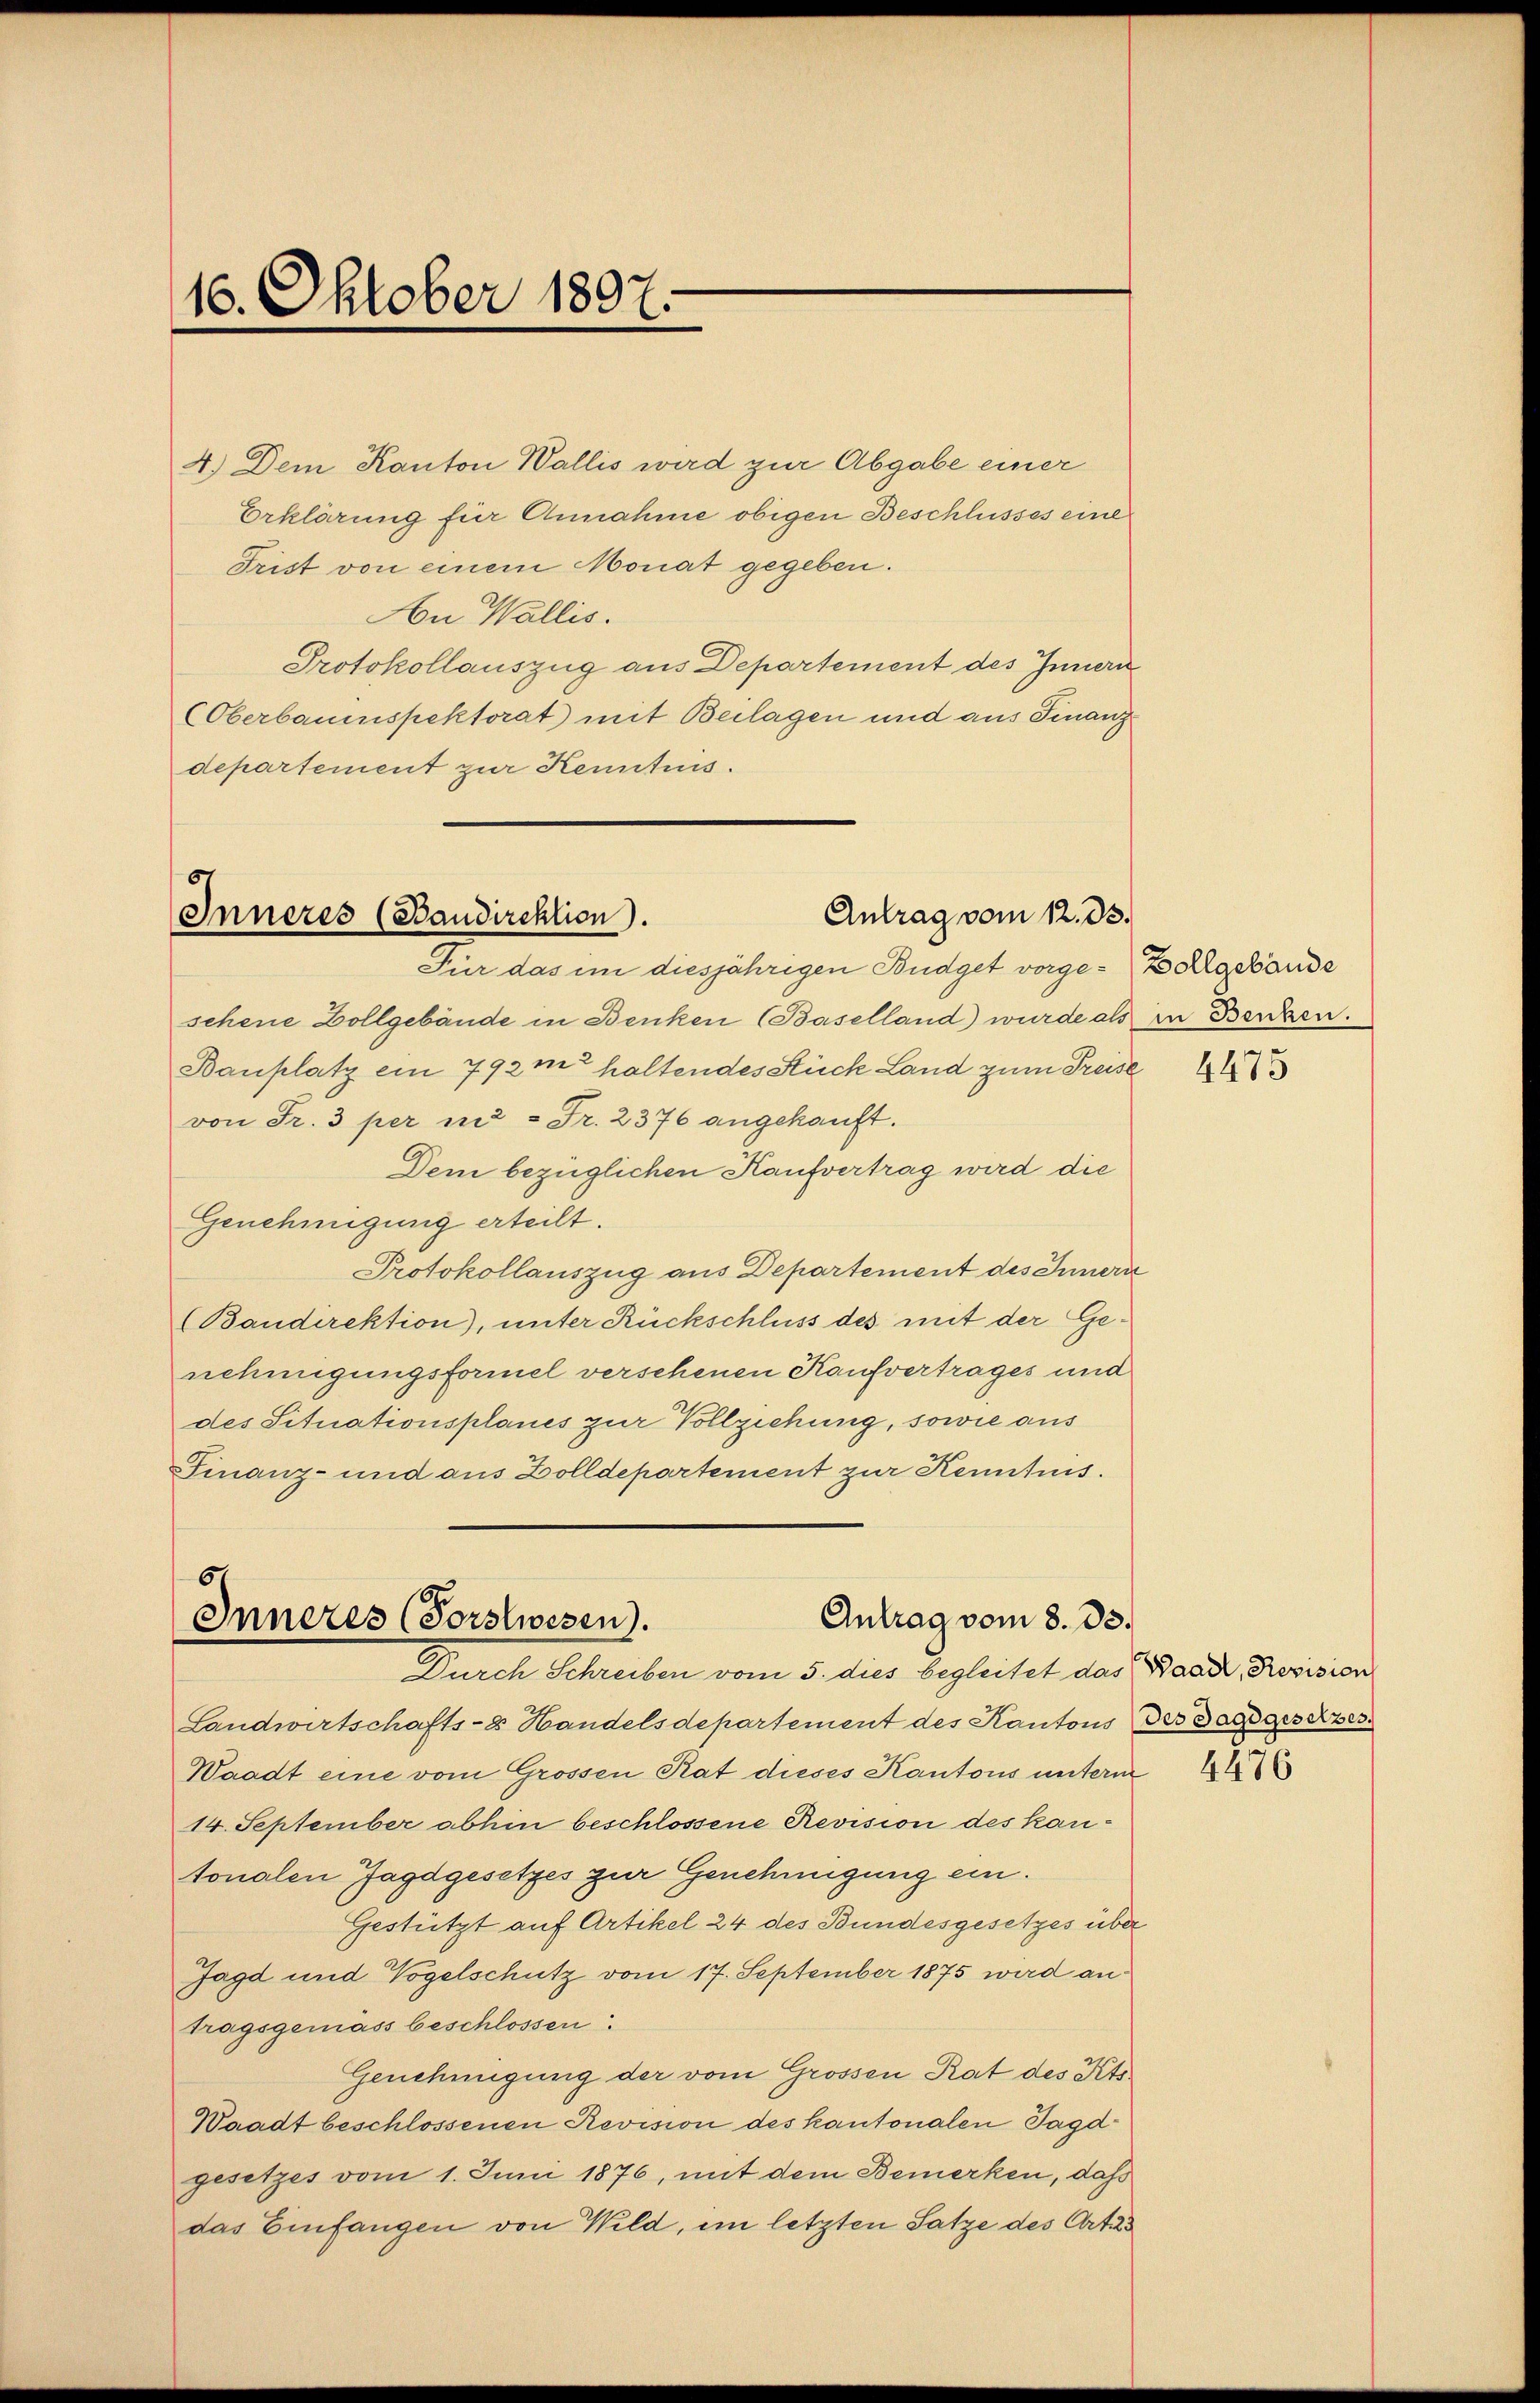
16. Oktober 1807.

4.) Dem Kanton Wallis wird zur Abgabe einer
Erklärung für Annahme obigen Beschlusses eine
Trist von einem Monat gegeben.
An Wallis.
Protokollauszug aus Departement des Innern
(Oberbauenspektorat) mit Beilagen und aus Finanz
departement zur Kenntnis.

Antrag vom 12. ds.
Inneres (Baudirektion.

Für das im diesjährigen Budget vorge-Zollgebäude
sehene Zollgebäude in Benken (Baselland) wurde als
Bauplatz ein 792 m haltendes Stück Land zum Preise
von Fr. 3 per in = Fr. 2376 angekauft.
Dem bezüglichen Kaufvertrag wird die
Genehmigung erteilt.
Protokollauszug aus Departement des Innern
(Bandirektion), unter Rückschluss des mit der Genehmigungsformel versehenen Kaufvertrages und
des Situationsplanes zur Vollziehung, sowie aus
Finanz- und aus Zolldepartement zur Kenntnis.

6
Antrag vom 8. 33.
Inneres (Forstwesen).

Durch Schreiben vom 5. dies begleitet das Baad, Revision
Landwirtschafts-8 Handelsdepartement des Kantons des Jagdgesetzes
Waadt eine vom Grossen Rat dieses Kantons unterm
14. September abhin beschlossene Revision des kantonalen Jagdgesetzes zur Genehmigung ein.
Gestützt auf Artikel 24 des Bundesgesetzes über
Jagd und Vogelschutz vom 17. September 1875 wird an
tragsgemäss beschlossen:
Genehmigung der vom Grossen Rat des Kts¬
Waadt beschlossenen Revision des kantonalen Jagd
gesetzes vom 1. Juni 1876, mit dem Bemerken, daß
das Einfangen von Wild, im letzten Satze des Arti

in Benken.

4475

4476